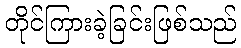
တိုင်ကြားခဲ့ခြင်းဖြစ်သည်